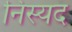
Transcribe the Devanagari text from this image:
निस्यद